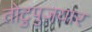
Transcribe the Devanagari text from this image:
तोटुपुज़यार